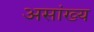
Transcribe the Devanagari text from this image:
असांख्य